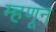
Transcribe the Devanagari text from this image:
म्हणून